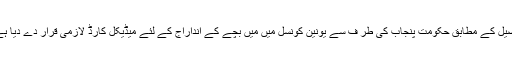
تفصیل کے مطابق حکومت پنجاب کی طر ف سے یونین کونسل میں میں بچے کے انداراج کے لئے میڈیکل کارڈ لازمی قرار دے دیا ہے ۔